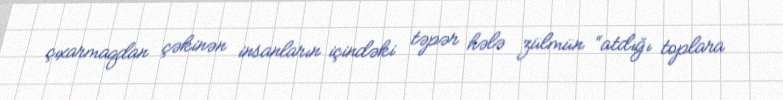
çıxarmaqdan çəkinən insanların içindəki təpər hələ zülmün “atdığı toplara